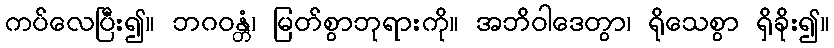
ကပ်လေပြီး၍။ ဘဂဝန္တံ၊ မြတ်စွာဘုရားကို။ အဘိဝါဒေတွာ၊ ရိုသေစွာ ရှိခိုး၍။